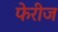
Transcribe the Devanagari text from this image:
फेरीज